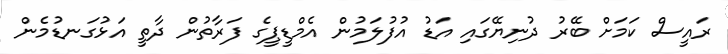
ރައީސް ކަމަށް ބޭރު ދުނިޔޭގައި އަޑު އުފުލަމުން އެމްޑީޕީގެ ފަރާތުން ދާތީ އަޅުގަނޑުމެން